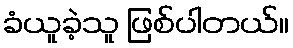
ခံယူခဲ့သူ ဖြစ်ပါတယ်။